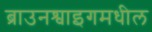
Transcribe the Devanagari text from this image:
ब्राउनश्वाइगमधील